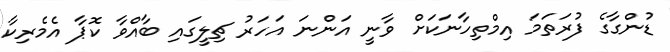
ޑުންގާގެ ފުރަތަމަ އިމްތިހާނަކަށް ވާނީ އަންނަ އަހަރު ޗިލީގައި ބާއްވާ ކޮޕާ އެމެރިކާ